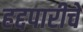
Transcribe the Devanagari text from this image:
हद्दपारीचे